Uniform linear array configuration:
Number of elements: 64
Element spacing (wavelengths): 0.5
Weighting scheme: hamming
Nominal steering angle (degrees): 30
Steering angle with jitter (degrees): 30.945
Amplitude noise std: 0.05
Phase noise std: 0.05

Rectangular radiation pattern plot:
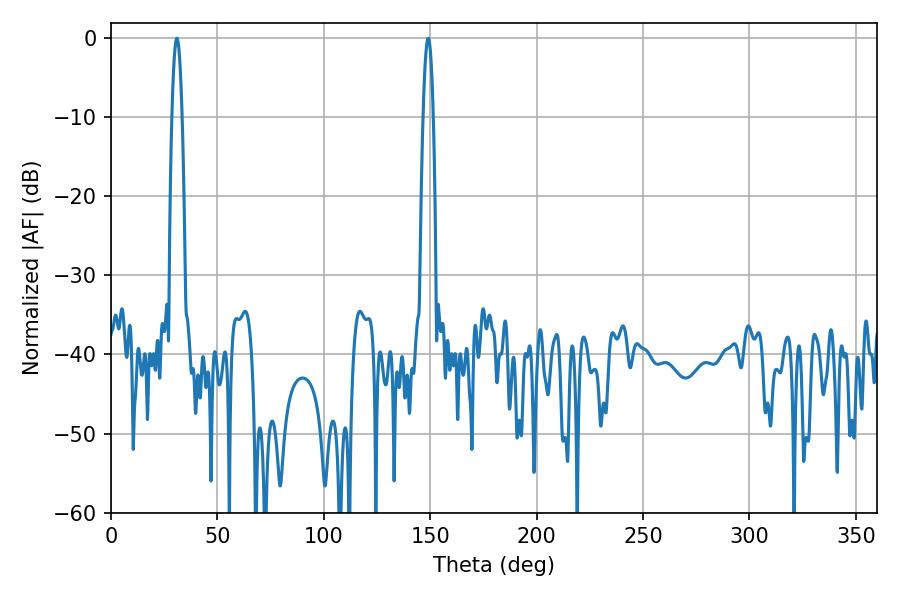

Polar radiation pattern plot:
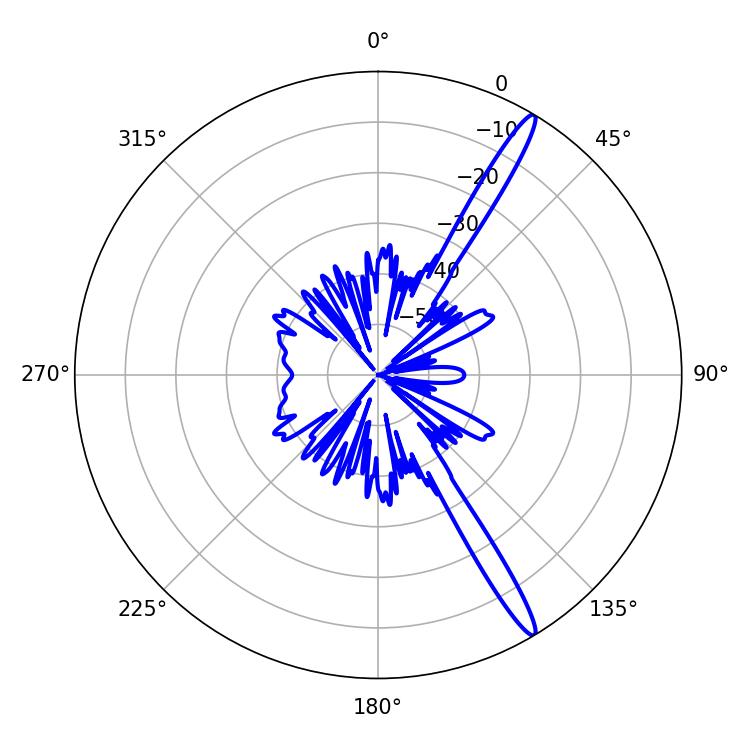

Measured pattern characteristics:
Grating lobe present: FALSE
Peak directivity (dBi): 15.876
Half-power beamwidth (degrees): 2.52
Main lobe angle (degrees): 30.96